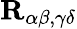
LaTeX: \mathcal{\textbf{R}}_{\alpha\beta,\gamma\delta}